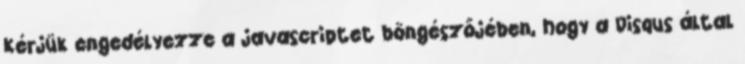
Kérjük engedélyezze a javascriptet böngészőjében, hogy a Disqus által